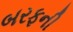
બરફની